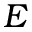
E